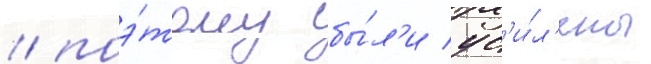
/ поэ́тому бы́л'и ус'и́л'ены